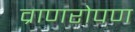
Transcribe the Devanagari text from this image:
व्राणरोपण